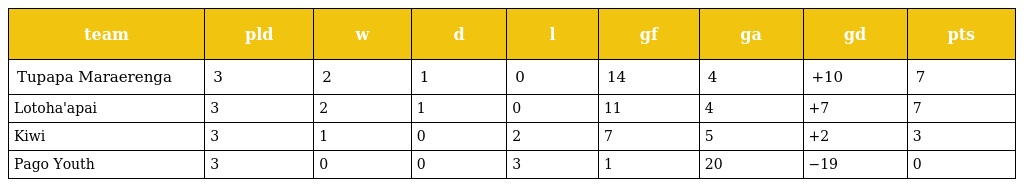
| team | pld | w | d | l | gf | ga | gd | pts |
 | --- | --- | --- | --- | --- | --- | --- | --- | --- |
 | Tupapa Maraerenga | 3 | 2 | 1 | 0 | 14 | 4 | +10 | 7 |
 | Lotoha'apai | 3 | 2 | 1 | 0 | 11 | 4 | +7 | 7 |
 | Kiwi | 3 | 1 | 0 | 2 | 7 | 5 | +2 | 3 |
 | Pago Youth | 3 | 0 | 0 | 3 | 1 | 20 | −19 | 0 |